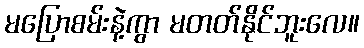
မပြောစမ်းနဲ့ကွာ မတတ်နိုင်ဘူးလေ။